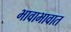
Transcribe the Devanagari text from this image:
भावाभावात